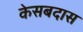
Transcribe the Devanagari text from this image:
केसबदास